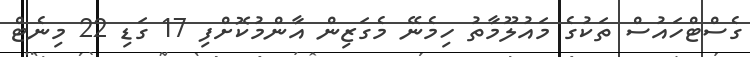
ގެސްޓްހައުސް ތަކުގެ މައުލޫމާތު ހިމެނޭ މެގަޒިން އާންމުކޮށްފި 17 ގަޑި 22 މިނެޓް